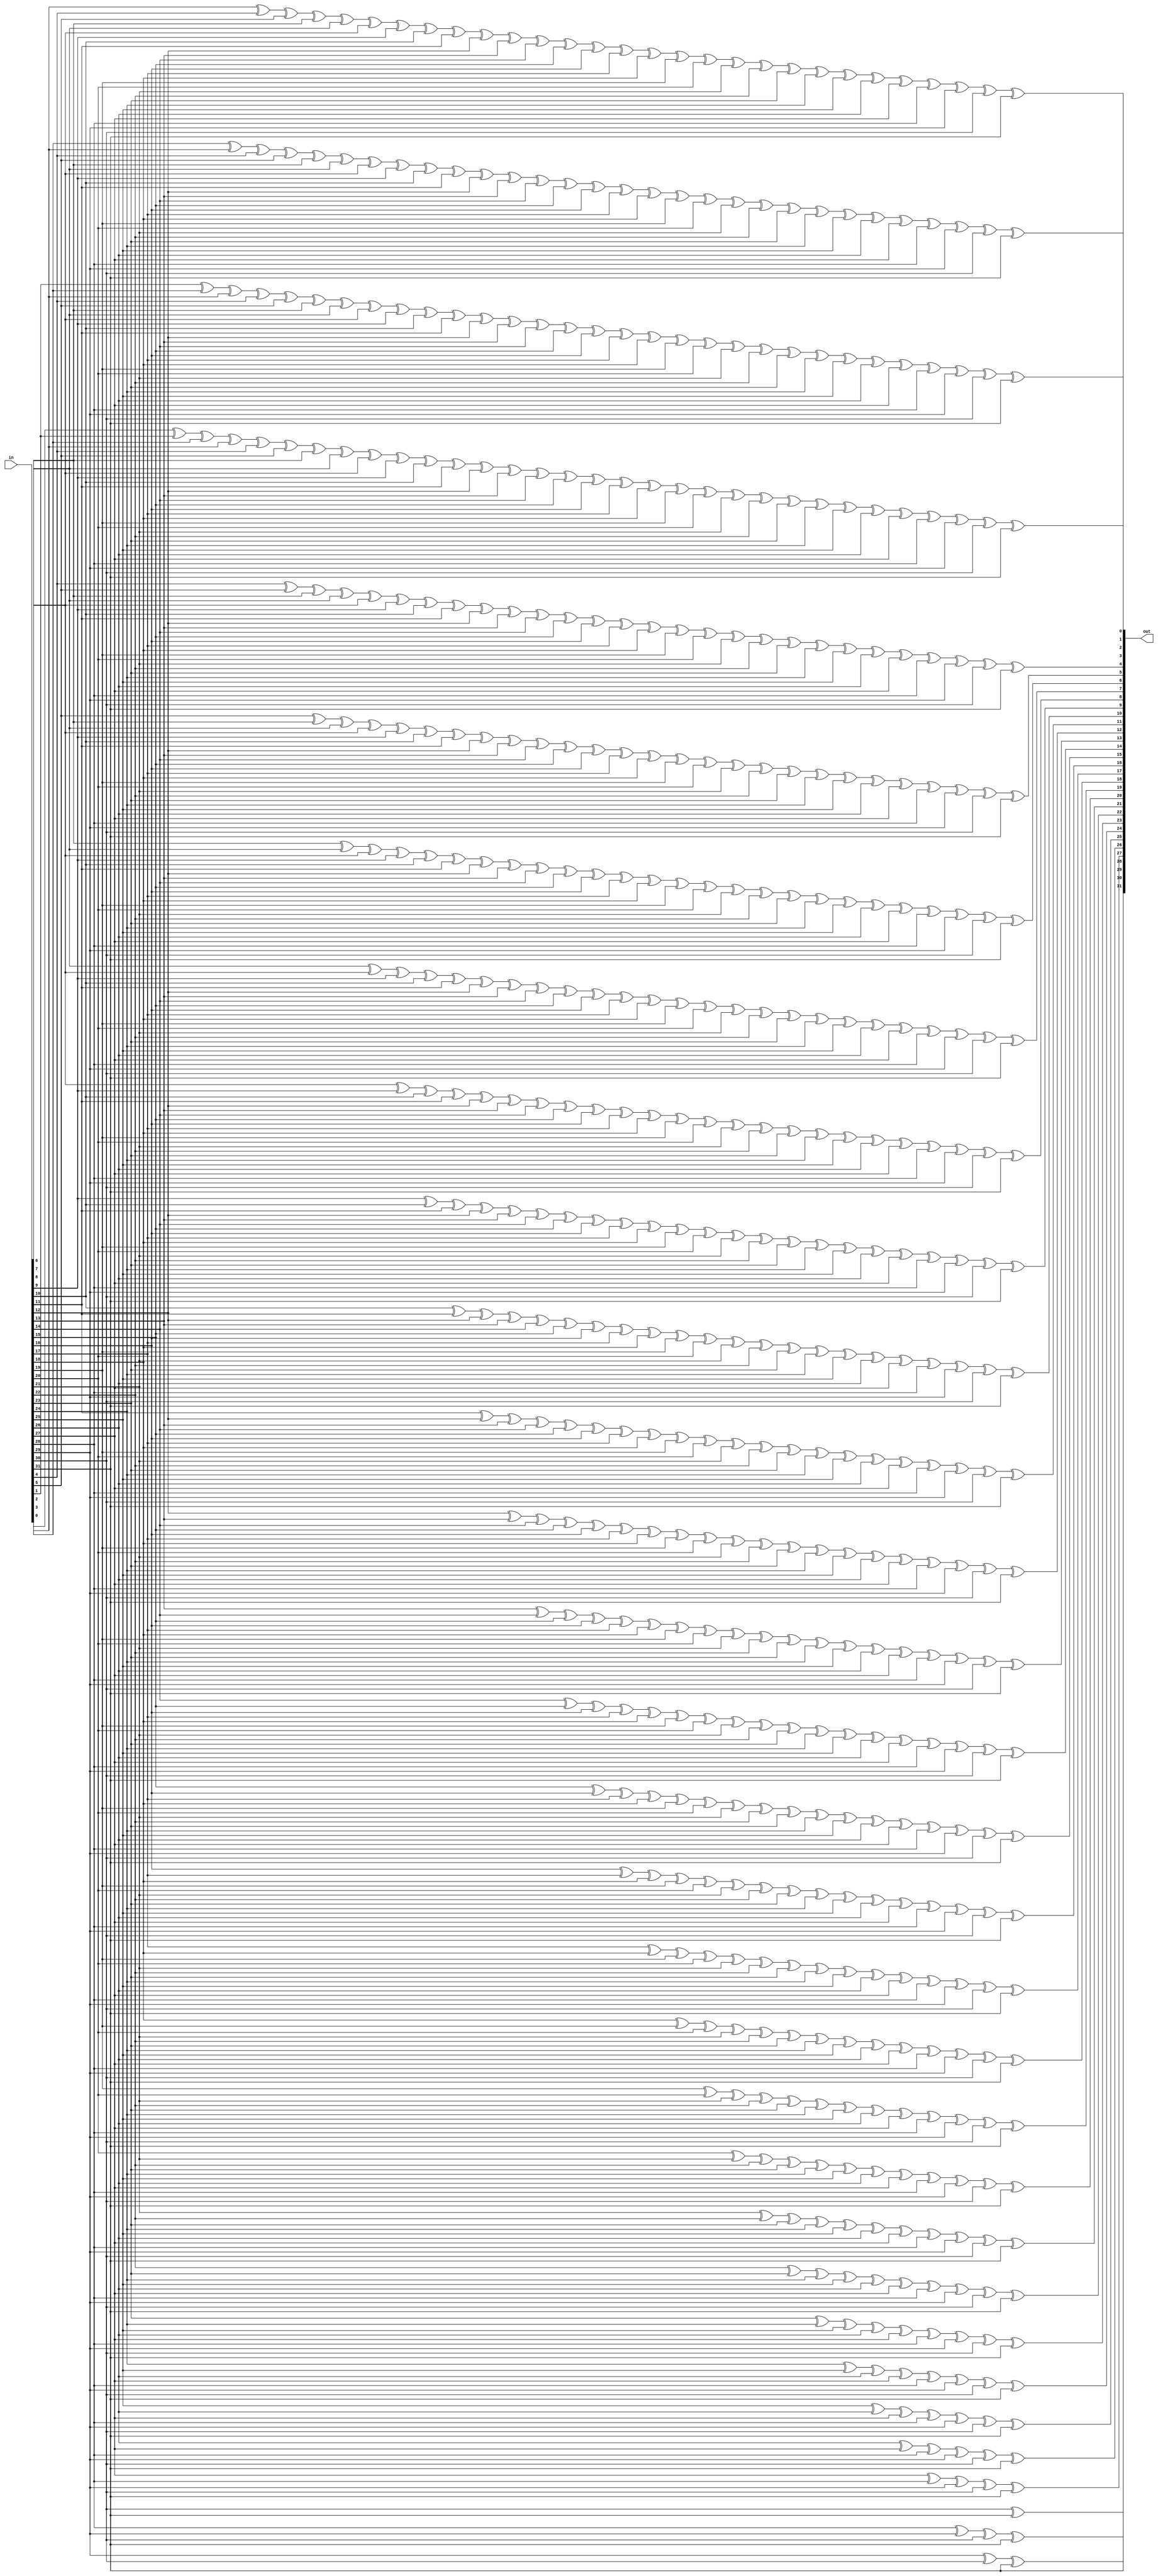
module oh_gray2bin #(parameter DW = 32) // width of data inputs
   (
    input [DW-1:0]  in,  //gray encoded input
    output [DW-1:0] out  //binary encoded output
    );
   
   reg [DW-1:0]     bin;
   wire [DW-1:0]    gray;
   
   integer 	   i,j;

   assign gray[DW-1:0] = in[DW-1:0];
   assign out[DW-1:0]  = bin[DW-1:0];

   always @*
     begin
	bin[DW-1] = gray[DW-1];   
	for (i=0; i<(DW-1); i=i+1)
	  begin
	     bin[i] = 1'b0;	
	     for (j=i; j<DW; j=j+1)
	       bin[i] = bin[i] ^ gray [j];
	  end
     end

endmodule